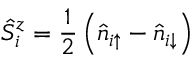
\hat { S } _ { i } ^ { z } = \frac { 1 } { 2 } \left( \hat { n } _ { i { \uparrow } } - \hat { n } _ { i { \downarrow } } \right)